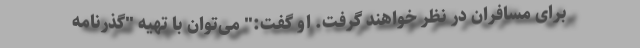
برای مسافران در نظر خواهند گرفت. او گفت:" می‌توان با تهیه "گذرنامه